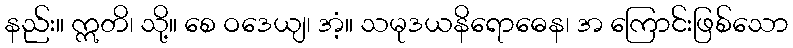
နည်း။ ဣတိ၊ သို့။ စေ ဝဒေယျ၊ အံ့။ သမုဒယနိရောဓေန၊ အ ကြောင်းဖြစ်သော